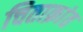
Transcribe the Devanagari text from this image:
चिताक्रांत